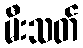
မီးသတ်